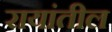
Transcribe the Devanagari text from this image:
रायांतील